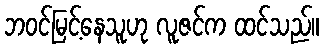
ဘဝင်မြင့်နေသူဟု လူဇင်က ထင်သည်။